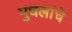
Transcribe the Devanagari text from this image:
मुघलांचे